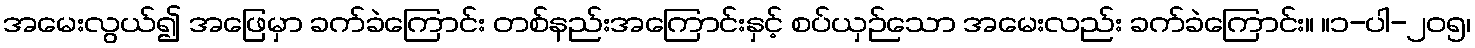
အမေးလွယ်၍ အဖြေမှာ ခက်ခဲကြောင်း တစ်နည်းအကြောင်းနှင့် စပ်ယှဉ်သော အမေးလည်း ခက်ခဲကြောင်း။ ။၁-ပါ-၂၀၅၊